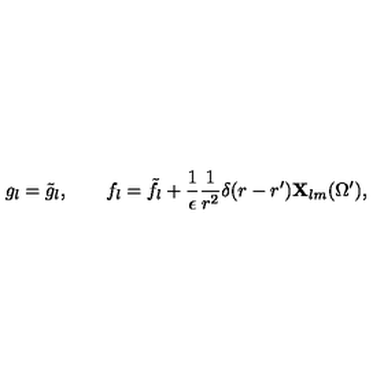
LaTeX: g _ { l } = \tilde { g } _ { l } , \qquad f _ { l } = \tilde { f } _ { l } + { \frac { 1 } { \epsilon } } { \frac { 1 } { r ^ { 2 } } } \delta ( r - r ^ { \prime } ) { \bf X } _ { l m } ( \Omega ^ { \prime } ) ,